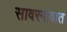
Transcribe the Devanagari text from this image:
सावरगावात